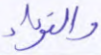
والفؤاد